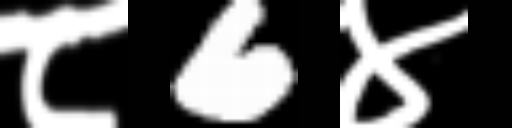
Text: ८6४